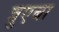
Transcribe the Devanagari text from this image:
त्रुएबा